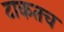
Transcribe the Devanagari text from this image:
टाकतच